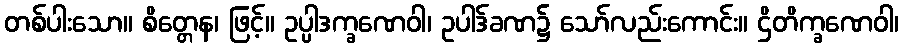
တစ်ပါးသော။ စိတ္တေန၊ ဖြင့်။ ဥပ္ပါဒက္ခဏေဝါ၊ ဥပါဒ်ခဏ၌ သော်လည်းကောင်း။ ဌိတိက္ခဏေဝါ၊